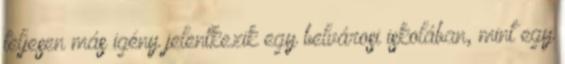
teljesen más igény jelentkezik egy belvárosi iskolában, mint egy